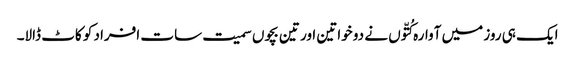
ایک ہی روز میں آوارہ کُتّوں نے دو خواتین اور تین بچوں سمیت سات افراد کو کاٹ ڈالا۔